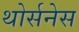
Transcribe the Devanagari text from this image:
थोर्सनेस